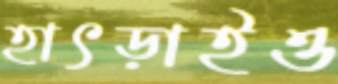
হাৎড়াইও